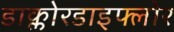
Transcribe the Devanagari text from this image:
डाक्लोरडाइफ्लोर